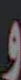
و